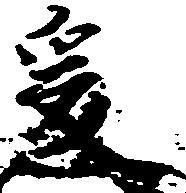
爰